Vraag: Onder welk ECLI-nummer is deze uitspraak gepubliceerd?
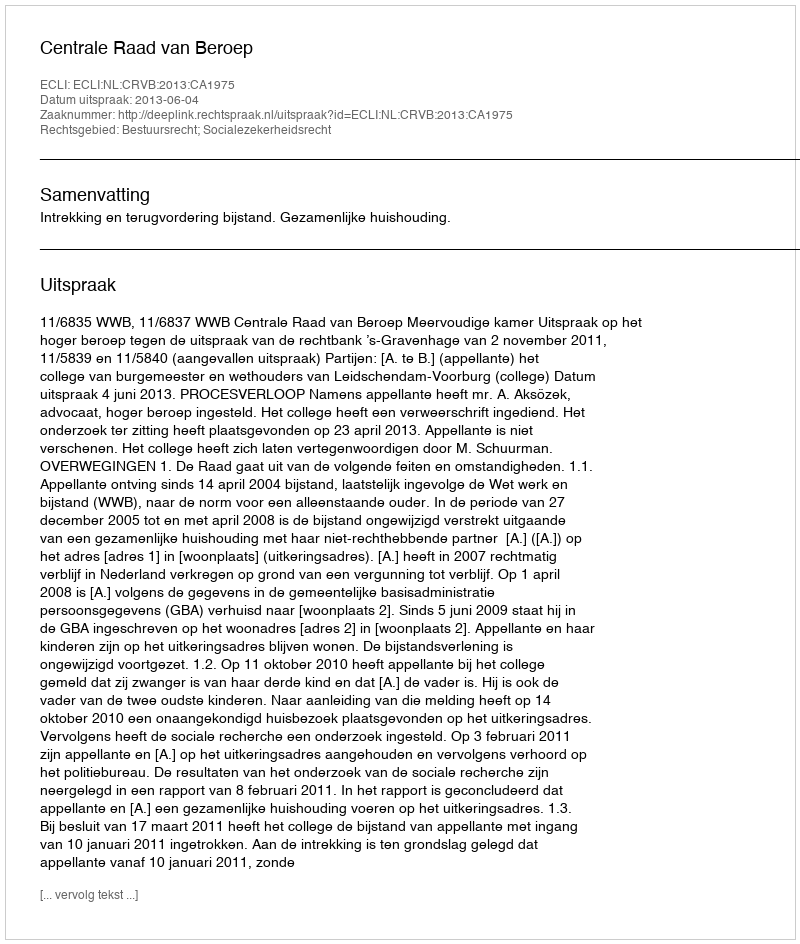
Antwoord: ECLI:NL:CRVB:2013:CA1975